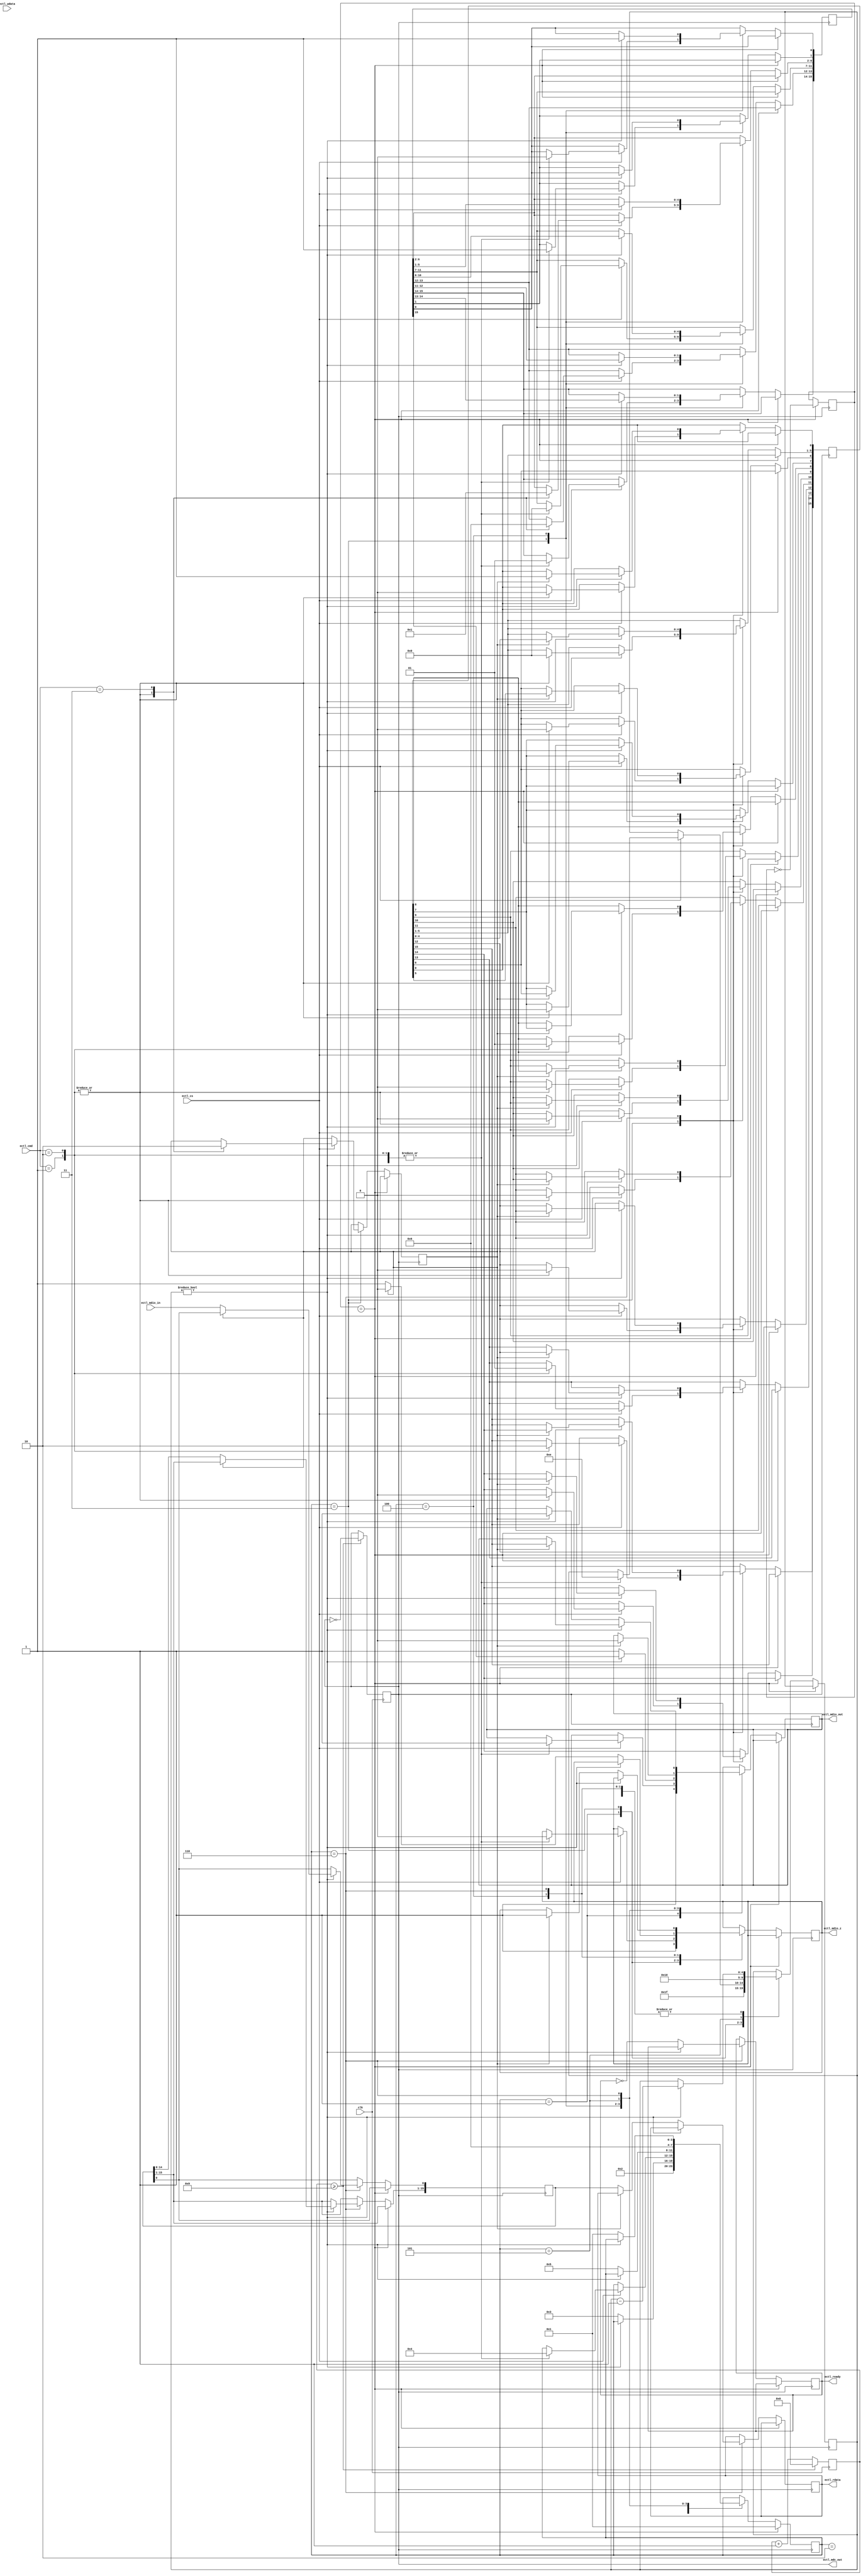
`timescale 1ns / 1ps

module ether_ctrl(
	ectl_mdc_out,
	ectl_mdio_z, ectl_mdio_in, ectl_mdio_out,
	clk, ectl_cs, ectl_ready,
	ectl_cmd, ectl_rdata, ectl_wdata
	);

	output ectl_mdc_out;
	output ectl_mdio_z;
	input ectl_mdio_in;
	output ectl_mdio_out;
	input clk;
	input ectl_cs;
	output ectl_ready;
	input [3:0] ectl_cmd;
	output [15:0] ectl_rdata;
	input [15:0] ectl_wdata;

	parameter ECTL_CMD_NOP     = 0;
	parameter ECTL_CMD_RESET   = 1;
	parameter ECTL_CMD_SETMODE = 2;
	parameter ECTL_CMD_GETSTAT = 3;

	reg ectl_mdio_z_reg;
	assign ectl_mdio_z = ectl_mdio_z_reg;
	reg ectl_mdio_out_reg;
	assign ectl_mdio_out = ectl_mdio_out_reg;
	reg ectl_ready_reg;
	assign ectl_ready = ectl_ready_reg;
	reg [15:0] ectl_rdata_reg;
	assign ectl_rdata = ectl_rdata_reg;

	reg ethclk;
	assign ectl_mdc_out = ethclk;
	reg [7:0] clk_count;
	parameter CLOCK    = 50000000;
	parameter ETHCLOCK =  2500000;

always @(posedge clk)
begin
	if (clk_count >= ((CLOCK / ETHCLOCK) / 2 - 1))
	begin
		ethclk <= ~ethclk;
		clk_count <= 0;
	end
	else
	begin
		clk_count <= clk_count + 1;
	end
end

	reg start;
	reg start2;
	reg [3:0] status;

	parameter STATUS_READY      = 1;
	parameter STATUS_PREAMBLE   = 2;
	parameter STATUS_IDLE       = 3;
	parameter STATUS_ADDR       = 4;
	parameter STATUS_TURNAROUND = 5;
	parameter STATUS_DATA       = 6;

	reg wr;
	reg [4:0] count;
	reg [15:0] addr;
	reg [15:0] rdata;
	reg [15:0] wdata;

always @(negedge ethclk)
begin
	if (start == start2)
	begin
		start      <= ~start;
		status     <= STATUS_READY;
	end
	else
	begin
		case (status)
		STATUS_READY:
		begin
			ectl_mdio_z_reg <= 1'b1;
			ectl_mdio_out_reg <= 1'b1;
			count           <= 31;
			status          <= STATUS_PREAMBLE;
		end
		STATUS_PREAMBLE:
		begin
			if (count)
				count <= count - 1;
			else
				status <= STATUS_IDLE;
		end
		STATUS_IDLE:
		begin
			if (ectl_cs)
			begin
				case (ectl_cmd)
				ECTL_CMD_NOP:
				begin
				end
				ECTL_CMD_RESET:
				begin
					addr[15:14] <= 2'b01; // X^[gIut[
					addr[13:12] <= 2'b01; // CgTCN
					addr[11: 7] <= 5'd0;  // PHYAhX
					addr[ 6: 2] <= 5'd0;  // WX^AhX
					addr[ 1: 0] <= 2'b10; // ^[AEh
					wdata[15] <= 1'b1; // Zbg
					wdata[14:0] <= 15'b0;
					count <= 14;
					wr <= 1;
					ectl_mdio_z_reg <= 1'b0;
					ectl_mdio_out_reg <= 1'b1;
					status <= STATUS_ADDR;
				end
				ECTL_CMD_SETMODE:
				begin
					addr[15:14] <= 2'b01; // X^[gIut[
					addr[13:12] <= 2'b01; // CgTCN
					addr[11: 7] <= 5'd0;  // PHYAhX
					addr[ 6: 2] <= 5'd0;  // WX^AhX
					addr[ 1: 0] <= 2'b10; // ^[AEh
					wdata[15] <= 1'b0; // Zbg
					wdata[14] <= 1'b0; // [vobN
//					wdata[14] <= 1'b1; // [vobNL
					wdata[13] <= 1'b1; // 100M
					wdata[ 6] <= 1'b0; // 100M
					wdata[12] <= 1'b0; // I[glS
					wdata[11] <= 1'b0; // d
					wdata[10] <= 1'b0; // PHY
					wdata[ 9] <= 1'b0; // I[glSJn
					wdata[ 8] <= 1'b1; // Sd
					wdata[ 7] <= 1'b0; // 
					wdata[5:0] <= 6'b000000; // \
					count <= 14;
					wr <= 1;
					ectl_mdio_z_reg <= 1'b0;
					ectl_mdio_out_reg <= 1'b1;
					status <= STATUS_ADDR;
				end
				ECTL_CMD_GETSTAT:
				begin
					addr[15:14] <= 2'b01; // X^[gIut[
					addr[13:12] <= 2'b10; // [hTCN
					addr[11: 7] <= 5'd0;  // PHYAhX
					addr[ 6: 2] <= 5'd1;  // WX^AhX
					addr[ 1: 0] <= 2'b10; // ^[AEh
					count <= 14;
					wr <= 0;
					ectl_mdio_z_reg <= 1'b0;
					ectl_mdio_out_reg <= 1'b1;
					status <= STATUS_ADDR;
				end
				endcase
			end
		end
		STATUS_ADDR:
		begin
			if (count)
			begin
				ectl_mdio_out_reg <= addr[15];
				addr[15:1] <= addr[14:0];
				addr[0] <= 1'b1;
				count <= count - 1;
			end
			else
			begin
				status <= STATUS_TURNAROUND;
				if (wr == 0)
				begin
					ectl_mdio_z_reg <= 1'b1;
					ectl_mdio_out_reg <= 1'b1;
				end
				else
				begin
					ectl_mdio_z_reg <= 1'b0;
					ectl_mdio_out_reg <= 1'b1;
				end
			end
		end
		STATUS_TURNAROUND:
		begin
			count <= 16;
			status <= STATUS_DATA;
			if (wr == 0)
			begin
//				if (ectl_mdio_in != 1'b0)
//				begin
//					// error
//				end
			end
			else
			begin
				ectl_mdio_out_reg <= 1'b0;
			end
		end
		STATUS_DATA:
		begin
			if (count)
			begin
				if (wr == 0)
				begin
					rdata[15:1] <= rdata[14:0];
					rdata[0] <= ectl_mdio_in;
//					rdata[0] <= ~rdata[0]; // for test
				end
				else
				begin
					ectl_mdio_out_reg <= wdata[15];
					wdata[15:1] <= wdata[14:0];
					wdata[0] <= 1'b1;
				end
				count <= count - 1;
			end
			else
			begin
				status <= STATUS_READY;
				ectl_ready_reg <= ~ectl_ready_reg;
				if (wr == 0)
				begin
					ectl_rdata_reg <= rdata;
				end
				else
				begin
					ectl_mdio_z_reg <= 1'b1;
					ectl_mdio_out_reg <= 1'b1;
				end
			end
		end
		endcase
	end
end

endmodule